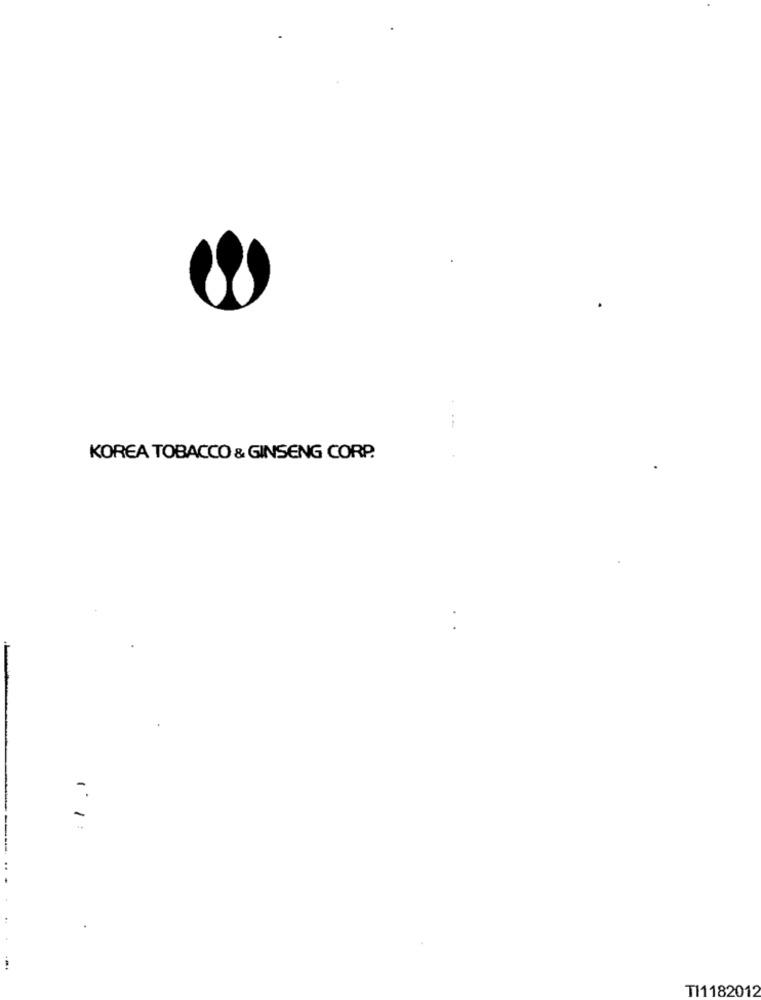
KOREA TOBACCO & GINSENG CORP.
1.
TI1182012